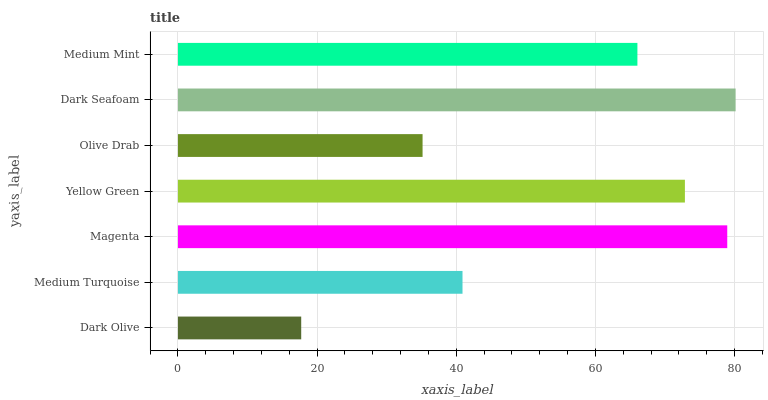
| yaxis_label | bars |
 | --- | --- |
 | Dark Olive | 17.7 |
 | Medium Turquoise | 40.9 |
 | Magenta | 79 |
 | Yellow Green | 72.9 |
 | Olive Drab | 35.2 |
 | Dark Seafoam | 80.2 |
 | Medium Mint | 66 |